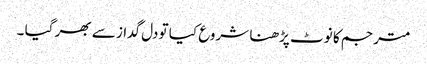
مترجم کا نوٹ پڑھنا شروع کیا تو دل گداز سے بھر گیا ۔